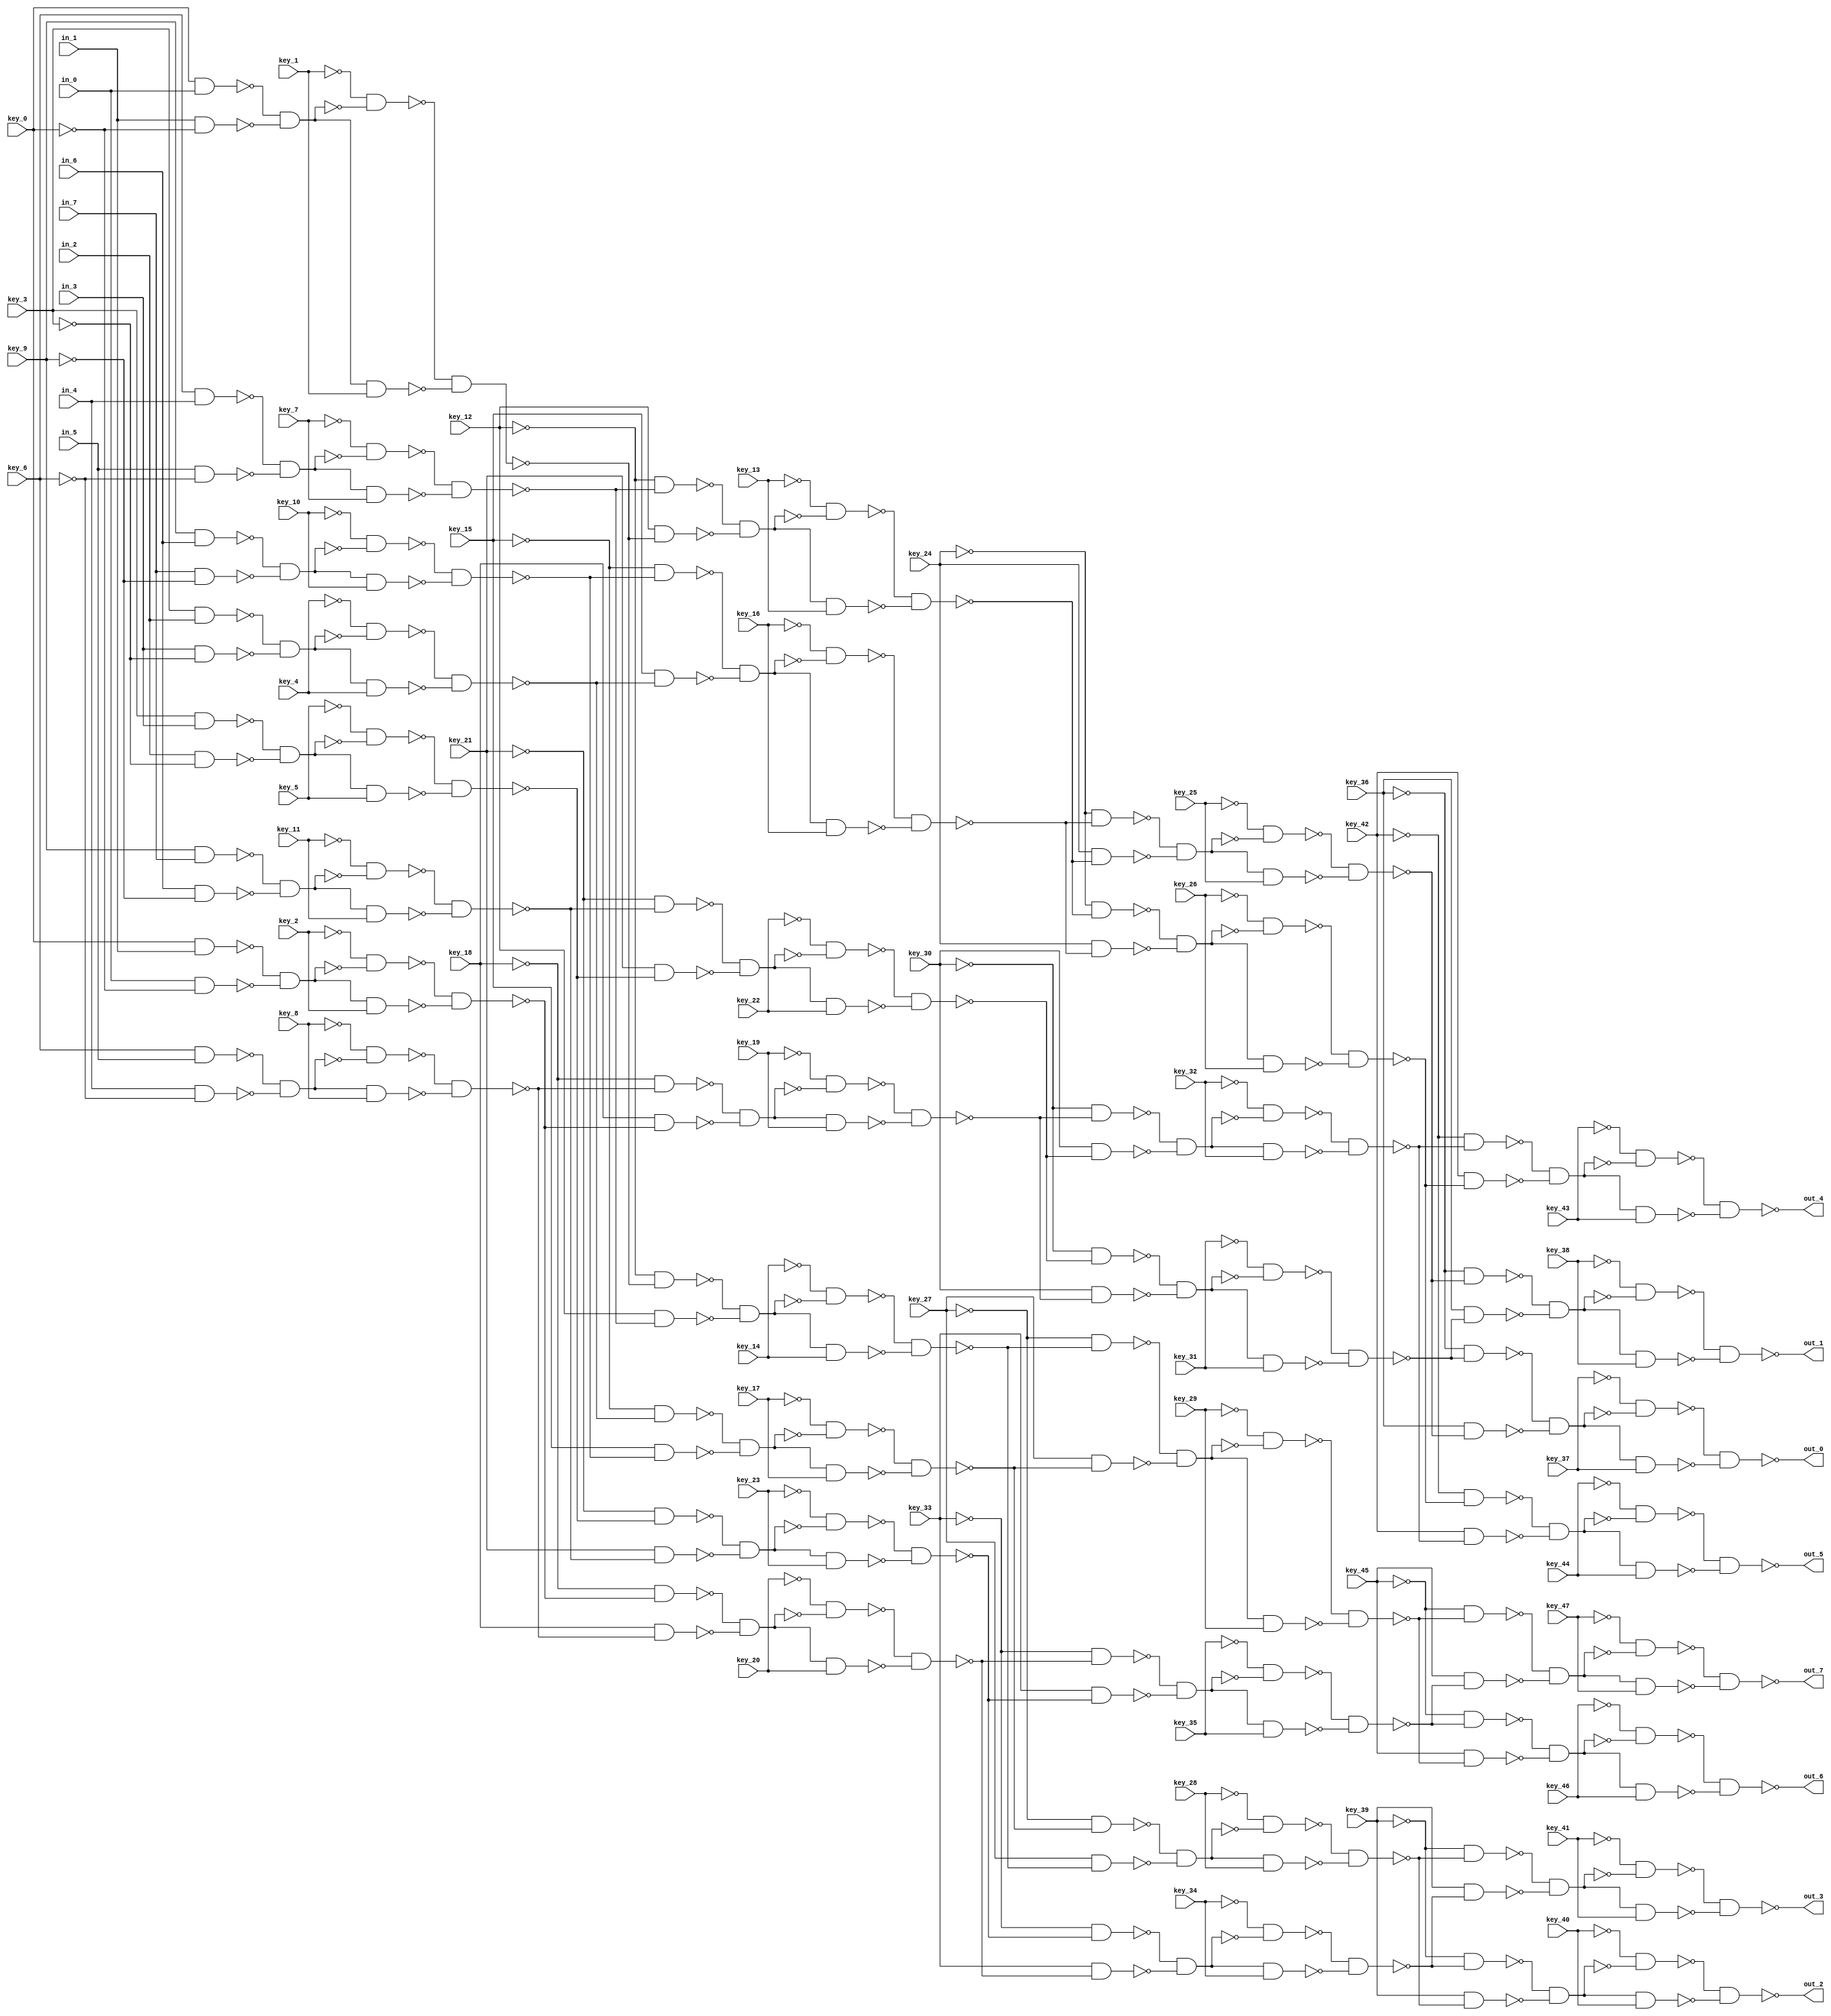
// This program was cloned from: https://github.com/circuitgraph/circuitgraph
// License: MIT License


// Generated by Cadence Genus(TM) Synthesis Solution 16.22-s033_1
// Generated on: Apr  6 2020 18:11:27 EDT (Apr  6 2020 22:11:27 UTC)

// Verification Directory fv/banyan_WINPUT8_INV1_LOGIC0

module banyan_8(out_7, out_6, out_5, out_4, out_3,
     out_2, out_1, out_0, key_47, key_46, key_45, key_44, key_43,
     key_42, key_41, key_40, key_39, key_38, key_37, key_36, key_35,
     key_34, key_33, key_32, key_31, key_30, key_29, key_28, key_27,
     key_26, key_25, key_24, key_23, key_22, key_21, key_20, key_19,
     key_18, key_17, key_16, key_15, key_14, key_13, key_12, key_11,
     key_10, key_9, key_8, key_7, key_6, key_5, key_4, key_3, key_2,
     key_1, key_0, in_7, in_6, in_5, in_4, in_3, in_2, in_1, in_0);
  input key_47, key_46, key_45, key_44, key_43, key_42, key_41, key_40,
       key_39, key_38, key_37, key_36, key_35, key_34, key_33, key_32,
       key_31, key_30, key_29, key_28, key_27, key_26, key_25, key_24,
       key_23, key_22, key_21, key_20, key_19, key_18, key_17, key_16,
       key_15, key_14, key_13, key_12, key_11, key_10, key_9, key_8,
       key_7, key_6, key_5, key_4, key_3, key_2, key_1, key_0, in_7,
       in_6, in_5, in_4, in_3, in_2, in_1, in_0;
  output out_7, out_6, out_5, out_4, out_3, out_2, out_1, out_0;
  wire key_47, key_46, key_45, key_44, key_43, key_42, key_41, key_40,
       key_39, key_38, key_37, key_36, key_35, key_34, key_33, key_32,
       key_31, key_30, key_29, key_28, key_27, key_26, key_25, key_24,
       key_23, key_22, key_21, key_20, key_19, key_18, key_17, key_16,
       key_15, key_14, key_13, key_12, key_11, key_10, key_9, key_8,
       key_7, key_6, key_5, key_4, key_3, key_2, key_1, key_0, in_7,
       in_6, in_5, in_4, in_3, in_2, in_1, in_0;
  wire out_7, out_6, out_5, out_4, out_3, out_2, out_1, out_0;
  wire n_0, n_1, n_2, n_3, n_4, n_5, n_6, n_7;
  wire n_8, n_9, n_10, n_11, n_12, n_13, n_14, n_15;
  wire n_16, n_17, n_18, n_19, n_20, n_21, n_22, n_23;
  wire n_24, n_25, n_26, n_27, n_28, n_29, n_30, n_31;
  wire n_32, n_33, n_34, n_35, n_36, n_37, n_38, n_39;
  wire n_40, n_41, n_42, n_43, n_44, n_45, n_46, n_47;
  wire n_48, n_49, n_50, n_51, n_52, n_53, n_54, n_55;
  wire n_56, n_57, n_58, n_59, n_60, n_61, n_62, n_63;
  wire n_64, n_65, n_66, n_67, n_68, n_69, n_70, n_71;
  wire n_72, n_73, n_74, n_75, n_76, n_77, n_78, n_79;
  wire n_80, n_81, n_82, n_83, n_84, n_85, n_86, n_87;
  wire n_88, n_89, n_90, n_91, n_92, n_93, n_94, n_95;
  wire n_96, n_97, n_98, n_99, n_100, n_101, n_102, n_103;
  wire n_104, n_105, n_106, n_107, n_108, n_109, n_110, n_111;
  wire n_112, n_113, n_114, n_115, n_116, n_117, n_118, n_119;
  wire n_120, n_121, n_122, n_123, n_124, n_125, n_126, n_127;
  wire n_128, n_129, n_130, n_131, n_132, n_133, n_134, n_135;
  wire w, w0, w1, w2;
  nand g776__7837 (out_1, w0, w2);
  nand g2 (w2, w1, key_38);
  not g1 (w1, n_134);
  nand g0 (w0, w, n_134);
  not g (w, key_38);
  wire w3, w4, w5, w6;
  nand g777__7557 (out_2, w4, w6);
  nand g6 (w6, w5, key_40);
  not g5 (w5, n_129);
  nand g4 (w4, w3, n_129);
  not g3 (w3, key_40);
  wire w7, w8, w9, w10;
  nand g774__7654 (out_7, w8, w10);
  nand g10 (w10, w9, key_47);
  not g9 (w9, n_135);
  nand g8 (w8, w7, n_135);
  not g7 (w7, key_47);
  wire w11, w12, w13, w14;
  nand g779__8867 (out_0, w12, w14);
  nand g14 (w14, w13, key_37);
  not g13 (w13, n_128);
  nand g12 (w12, w11, n_128);
  not g11 (w11, key_37);
  wire w15, w16, w17, w18;
  nand g772__1377 (out_4, w16, w18);
  nand g18 (w18, w17, key_43);
  not g17 (w17, n_130);
  nand g16 (w16, w15, n_130);
  not g15 (w15, key_43);
  wire w19, w20, w21, w22;
  nand g773__3717 (out_5, w20, w22);
  nand g22 (w22, w21, key_44);
  not g21 (w21, n_133);
  nand g20 (w20, w19, n_133);
  not g19 (w19, key_44);
  wire w23, w24, w25, w26;
  nand g778__4599 (out_6, w24, w26);
  nand g26 (w26, w25, key_46);
  not g25 (w25, n_132);
  nand g24 (w24, w23, n_132);
  not g23 (w23, key_46);
  wire w27, w28, w29, w30;
  nand g775__3779 (out_3, w28, w30);
  nand g30 (w30, w29, key_41);
  not g29 (w29, n_131);
  nand g28 (w28, w27, n_131);
  not g27 (w27, key_41);
  nand g782__2007 (n_135, n_115, n_126);
  nand g784__1237 (n_134, n_109, n_118);
  nand g780__1297 (n_133, n_119, n_101);
  nand g781__2006 (n_132, n_124, n_125);
  nand g786__2833 (n_131, n_122, n_127);
  nand g783__7547 (n_130, n_107, n_105);
  nand g785__7765 (n_129, n_112, n_121);
  nand g787__9867 (n_128, n_117, n_103);
  nand g801__3377 (n_127, key_39, n_111);
  nand g799__9719 (n_126, key_45, n_123);
  nand g800__1591 (n_125, key_45, n_114);
  nand g789__6789 (n_124, n_113, n_123);
  nand g788__5927 (n_122, n_110, n_120);
  nand g802__2001 (n_121, key_39, n_120);
  nand g790__1122 (n_119, n_106, n_104);
  nand g803__2005 (n_118, key_36, n_116);
  nand g795__9771 (n_117, n_108, n_116);
  nand g792__3457 (n_115, n_113, n_114);
  nand g793__1279 (n_112, n_110, n_111);
  nand g794__6179 (n_109, n_108, n_102);
  nand g791__7837 (n_107, n_106, n_100);
  nand g796__7557 (n_105, key_42, n_104);
  nand g797__7654 (n_103, key_36, n_102);
  nand g798__8867 (n_101, key_42, n_100);
  wire w31, w32, w33, w34;
  nand g806__1377 (n_100, w32, w34);
  nand g34 (w34, w33, key_32);
  not g33 (w33, n_97);
  nand g32 (w32, w31, n_97);
  not g31 (w31, key_32);
  wire w35, w36, w37, w38;
  nand g805__3717 (n_114, w36, w38);
  nand g38 (w38, w37, key_29);
  not g37 (w37, n_92);
  nand g36 (w36, w35, n_92);
  not g35 (w35, key_29);
  wire w39, w40, w41, w42;
  nand g804__4599 (n_104, w40, w42);
  nand g42 (w42, w41, key_26);
  not g41 (w41, n_98);
  nand g40 (w40, w39, n_98);
  not g39 (w39, key_26);
  wire w43, w44, w45, w46;
  nand g807__3779 (n_111, w44, w46);
  nand g46 (w46, w45, key_34);
  not g45 (w45, n_93);
  nand g44 (w44, w43, n_93);
  not g43 (w43, key_34);
  wire w47, w48, w49, w50;
  nand g810__2007 (n_120, w48, w50);
  nand g50 (w50, w49, key_28);
  not g49 (w49, n_96);
  nand g48 (w48, w47, n_96);
  not g47 (w47, key_28);
  wire w51, w52, w53, w54;
  nand g809__1237 (n_116, w52, w54);
  nand g54 (w54, w53, key_31);
  not g53 (w53, n_99);
  nand g52 (w52, w51, n_99);
  not g51 (w51, key_31);
  wire w55, w56, w57, w58;
  nand g808__1297 (n_102, w56, w58);
  nand g58 (w58, w57, key_25);
  not g57 (w57, n_94);
  nand g56 (w56, w55, n_94);
  not g55 (w55, key_25);
  wire w59, w60, w61, w62;
  nand g811__2006 (n_123, w60, w62);
  nand g62 (w62, w61, key_35);
  not g61 (w61, n_95);
  nand g60 (w60, w59, n_95);
  not g59 (w59, key_35);
  nand g816__2833 (n_99, n_83, n_65);
  nand g815__7547 (n_98, n_89, n_75);
  nand g814__7765 (n_97, n_91, n_79);
  nand g817__9867 (n_96, n_85, n_67);
  nand g812__3377 (n_95, n_90, n_73);
  nand g819__9719 (n_94, n_81, n_71);
  nand g818__1591 (n_93, n_87, n_69);
  nand g813__6789 (n_92, n_88, n_77);
  nand g824__5927 (n_91, n_82, n_64);
  nand g821__2001 (n_90, n_86, n_68);
  nand g822__1122 (n_89, n_80, n_70);
  nand g823__2005 (n_88, n_84, n_66);
  nand g820__9771 (n_87, n_86, n_72);
  nand g825__3457 (n_85, n_84, n_76);
  nand g826__1279 (n_83, n_82, n_78);
  nand g827__6179 (n_81, n_80, n_74);
  nand g832__7837 (n_79, key_30, n_78);
  nand g829__7557 (n_77, key_27, n_76);
  nand g830__7654 (n_75, key_24, n_74);
  nand g831__8867 (n_73, key_33, n_72);
  nand g828__1377 (n_71, key_24, n_70);
  nand g833__3717 (n_69, key_33, n_68);
  nand g834__4599 (n_67, key_27, n_66);
  nand g835__3779 (n_65, key_30, n_64);
  wire w63, w64, w65, w66;
  nand g838__2007 (n_78, w64, w66);
  nand g66 (w66, w65, key_22);
  not g65 (w65, n_63);
  nand g64 (w64, w63, n_63);
  not g63 (w63, key_22);
  wire w67, w68, w69, w70;
  nand g837__1237 (n_64, w68, w70);
  nand g70 (w70, w69, key_19);
  not g69 (w69, n_62);
  nand g68 (w68, w67, n_62);
  not g67 (w67, key_19);
  wire w71, w72, w73, w74;
  nand g836__1297 (n_76, w72, w74);
  nand g74 (w74, w73, key_17);
  not g73 (w73, n_57);
  nand g72 (w72, w71, n_57);
  not g71 (w71, key_17);
  wire w75, w76, w77, w78;
  nand g839__2006 (n_74, w76, w78);
  nand g78 (w78, w77, key_16);
  not g77 (w77, n_56);
  nand g76 (w76, w75, n_56);
  not g75 (w75, key_16);
  wire w79, w80, w81, w82;
  nand g842__2833 (n_68, w80, w82);
  nand g82 (w82, w81, key_20);
  not g81 (w81, n_59);
  nand g80 (w80, w79, n_59);
  not g79 (w79, key_20);
  wire w83, w84, w85, w86;
  nand g841__7547 (n_70, w84, w86);
  nand g86 (w86, w85, key_13);
  not g85 (w85, n_58);
  nand g84 (w84, w83, n_58);
  not g83 (w83, key_13);
  wire w87, w88, w89, w90;
  nand g840__7765 (n_72, w88, w90);
  nand g90 (w90, w89, key_23);
  not g89 (w89, n_60);
  nand g88 (w88, w87, n_60);
  not g87 (w87, key_23);
  wire w91, w92, w93, w94;
  nand g843__9867 (n_66, w92, w94);
  nand g94 (w94, w93, key_14);
  not g93 (w93, n_61);
  nand g92 (w92, w91, n_61);
  not g91 (w91, key_14);
  nand g845__3377 (n_63, n_55, n_41);
  nand g844__9719 (n_62, n_54, n_33);
  nand g851__1591 (n_61, n_52, n_29);
  nand g846__6789 (n_60, n_49, n_43);
  nand g849__5927 (n_59, n_47, n_37);
  nand g848__2001 (n_58, n_45, n_31);
  nand g847__1122 (n_57, n_53, n_39);
  nand g850__2005 (n_56, n_51, n_35);
  nand g856__9771 (n_55, n_48, n_42);
  nand g853__3457 (n_54, n_46, n_36);
  nand g854__1279 (n_53, n_50, n_34);
  nand g855__6179 (n_52, n_44, n_30);
  nand g852__7837 (n_51, n_50, n_38);
  nand g857__7557 (n_49, n_48, n_40);
  nand g858__7654 (n_47, n_46, n_32);
  nand g859__8867 (n_45, n_44, n_28);
  nand g864__1377 (n_43, key_21, n_42);
  nand g861__3717 (n_41, key_21, n_40);
  nand g862__4599 (n_39, key_15, n_38);
  nand g863__3779 (n_37, key_18, n_36);
  nand g860__2007 (n_35, key_15, n_34);
  nand g865__1237 (n_33, key_18, n_32);
  nand g866__1297 (n_31, key_12, n_30);
  nand g867__2006 (n_29, key_12, n_28);
  wire w95, w96, w97, w98;
  nand g870__2833 (n_42, w96, w98);
  nand g98 (w98, w97, key_11);
  not g97 (w97, n_20);
  nand g96 (w96, w95, n_20);
  not g95 (w95, key_11);
  wire w99, w100, w101, w102;
  nand g869__7547 (n_38, w100, w102);
  nand g102 (w102, w101, key_10);
  not g101 (w101, n_22);
  nand g100 (w100, w99, n_22);
  not g99 (w99, key_10);
  wire w103, w104, w105, w106;
  nand g868__7765 (n_34, w104, w106);
  nand g106 (w106, w105, key_4);
  not g105 (w105, n_24);
  nand g104 (w104, w103, n_24);
  not g103 (w103, key_4);
  wire w107, w108, w109, w110;
  nand g871__9867 (n_36, w108, w110);
  nand g110 (w110, w109, key_8);
  not g109 (w109, n_25);
  nand g108 (w108, w107, n_25);
  not g107 (w107, key_8);
  wire w111, w112, w113, w114;
  nand g874__3377 (n_28, w112, w114);
  nand g114 (w114, w113, key_7);
  not g113 (w113, n_21);
  nand g112 (w112, w111, n_21);
  not g111 (w111, key_7);
  wire w115, w116, w117, w118;
  nand g873__9719 (n_30, w116, w118);
  nand g118 (w118, w117, key_1);
  not g117 (w117, n_27);
  nand g116 (w116, w115, n_27);
  not g115 (w115, key_1);
  wire w119, w120, w121, w122;
  nand g872__1591 (n_32, w120, w122);
  nand g122 (w122, w121, key_2);
  not g121 (w121, n_23);
  nand g120 (w120, w119, n_23);
  not g119 (w119, key_2);
  wire w123, w124, w125, w126;
  nand g875__6789 (n_40, w124, w126);
  nand g126 (w126, w125, key_5);
  not g125 (w125, n_26);
  nand g124 (w124, w123, n_26);
  not g123 (w123, key_5);
  nand g878__5927 (n_27, n_1, n_19);
  nand g877__2001 (n_26, n_2, n_16);
  nand g876__1122 (n_25, n_6, n_9);
  nand g879__2005 (n_24, n_3, n_14);
  nand g882__9771 (n_23, n_0, n_18);
  nand g881__3457 (n_22, n_4, n_12);
  nand g880__1279 (n_21, n_5, n_10);
  nand g883__6179 (n_20, n_7, n_15);
  nand g886__7837 (n_19, in_1, n_17);
  nand g885__7557 (n_18, in_0, n_17);
  nand g884__7654 (n_16, in_2, n_13);
  nand g887__8867 (n_15, in_6, n_11);
  nand g890__1377 (n_14, in_3, n_13);
  nand g889__3717 (n_12, in_7, n_11);
  nand g888__4599 (n_10, in_5, n_8);
  nand g891__3779 (n_9, in_4, n_8);
  nand g897__2007 (n_7, key_9, in_7);
  nand g894__1237 (n_6, key_6, in_5);
  nand g895__1297 (n_5, key_6, in_4);
  nand g898__2006 (n_4, key_9, in_6);
  nand g896__2833 (n_3, key_3, in_2);
  nand g893__7547 (n_2, key_3, in_3);
  nand g892__7765 (n_1, key_0, in_0);
  nand g899__9867 (n_0, key_0, in_1);
  not g908 (n_50, key_15);
  not g902 (n_44, key_12);
  not g905 (n_48, key_21);
  not g907 (n_80, key_24);
  not g903 (n_82, key_30);
  not g914 (n_113, key_45);
  not g906 (n_84, key_27);
  not g912 (n_108, key_36);
  not g915 (n_86, key_33);
  not g904 (n_46, key_18);
  not g913 (n_11, key_9);
  not g911 (n_8, key_6);
  not g901 (n_17, key_0);
  not g910 (n_13, key_3);
  not g909 (n_110, key_39);
  not g900 (n_106, key_42);
endmodule